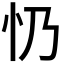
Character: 𢖱